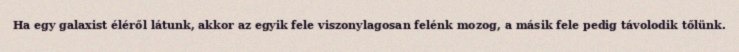
Ha egy galaxist éléről látunk, akkor az egyik fele viszonylagosan felénk mozog, a másik fele pedig távolodik tőlünk.